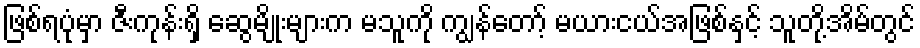
ဖြစ်ရပုံမှာ ဇီးကုန်းရှိ ဆွေမျိုးများက မသူကို ကျွန်တော့် မယားငယ်အဖြစ်နှင့် သူတို့အိမ်တွင်